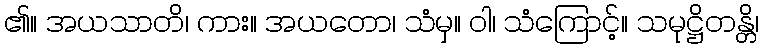
၏။ အယသာတိ၊ ကား။ အယတော၊ သံမှ။ ဝါ၊ သံကြောင့်။ သမုဋ္ဌိတန္တိ၊